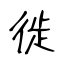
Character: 徙